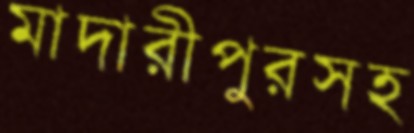
মাদারীপুরসহ